Report on plague in the Punjab from October 1st ... to September 30th ..., being the ... season of plague in the province
Disease focus: Plague
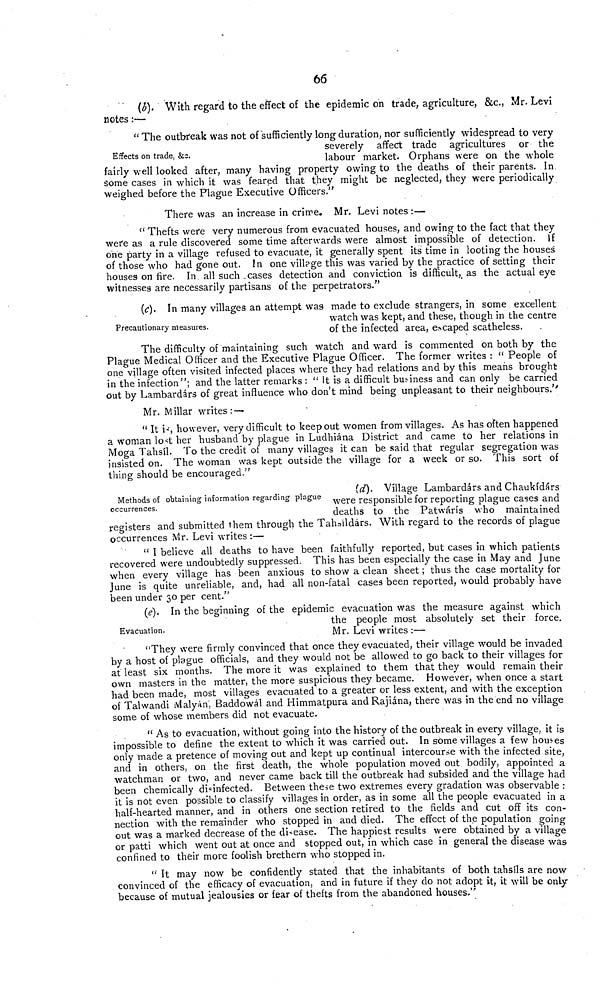
66
(b). With regard to the effect of the epidemic on trade, agriculture, &c., Mr. Levi
notes :—
Effects on trade, &c.
" The outbreak was not of sufficiently long duration, nor sufficiently widespread to very
severely affect trade agricultures or the
labour market. Orphans were on the whole
fairly well looked after, many having property owing to the deaths of their parents. In
some cases in which it was feared that they might be neglected, they were periodically
weighed before the Plague Executive Officers."
There was an increase in crime. Mr. Levi notes :—
" Thefts were very numerous from evacuated houses, and owing to the fact that they
were as a rule discovered some time afterwards were almost impossible of detection. If
one party in a village refused to evacuate, it generally spent its time in looting the houses
of those who had gone out. In one vill?ge this was varied by the practice of setting their
houses on fire. In all such cases detection and conviction is difficult, as the actual eye
witnesses are necessarily partisans of the perpetrators."
Precautionary measures.
(c). In many villages an attempt was made to exclude strangers, in some excellent
watch was kept, and these, though in the centre
of the infected area, escaped scatheless.
The difficulty of maintaining such watch and ward is commented on both by the
Plague Medical Officer and the Executive Plague Officer. The former writes : " People of
one village often visited infected places where they had relations and by this means brought
in the infection"; and the latter remarks : " It is a difficult business and can only be carried
out by Lambardárs of great influence who don't mind being unpleasant to their neighbours.'"
Mr. Millar writes : —
" It is, however, very difficult to keep out women from villages. As has often happened
a woman lost her husband by plague in Ludhiána District and came to her relations in
Moga Tahsíl. To the credit of many villages it can be said that regular segregation was
insisted on. The woman was kept outside the village for a week or so. This sort of
thing should be encouraged."
Methods of obtaining information regarding plague
occurrences.
(d). Village Lambardárs and Chaukídárs
were responsible for reporting plague cases and
deaths to the Patwárís who maintained
registers and submitted them through the Tahaildárs. With regard to the records of plague
occurrences Mr. Levi writes :—
" I believe all deaths to have been faithfully reported, but cases in which patients
recovered were undoubtedly suppressed. This has been especially the case in May and June
when every village has been anxious to show a clean sheet ; thus the case mortality for
June is quite unreliable, and, had all non-fatal cases been reported, would probably have
been under 30 per cent."
Evacuation.
(e). In the beginning of the epidemic evacuation was the measure against which
the people most absolutely set their force.
Mr. Levi writes :—
"They were firmly convinced that once they evacuated, their village would be invaded
by a host of plague officials, and they would not be allowed to go back to their villages for
at least six months. The more it was explained to them that they would remain their
own masters in the matter, the more suspicious they became. However, when once a start
had been made, most villages evacuated to a greater or less extent, and with the exception
of Talwandi Malyán', Baddowál and Himmatpura and Rajiána, there was in the end no village
some of whose members did not evacuate.
" As to evacuation, without going into the history of the outbreak in every village, it is
impossible to define the extent to which it was carried out. In some villages a few houses
only made a pretence of moving out and kept up continual intercourse with the infected site,
and in others, on the first death, the whole population moved out bodily, appointed a
watchman or two, and never came back till the outbreak had subsided and the village had
been chemically disinfected. Between these two extremes every gradation was observable r
it is not even possible to classify villages in order, as in some all the people evacuated in a
half-hearted manner, and in others one section retired to the fields and cut off its con-
nection with the remainder who stopped in and died. The effect of the population going
out was a marked decrease of the disease. The happiest results were obtained by a village
or patti which went out at once and stopped out, in which case in general the disease was-
confined to their more foolish brethern who stopped in.
" It may now be confidently stated that the inhabitants of both tahsils are now
convinced of the efficacy of evacuation, and in future if they do not adopt it, it will be only
because of mutual jealousies or fear of thefts from the abandoned houses."